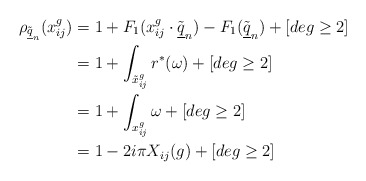
\begin{align*}\rho_{\tilde{\underline{q}}_n}(x_{ij}^g)&=1+F_1(x_{ij}^g\cdot \tilde{\underline{q}}_n)-F_1(\tilde{\underline{q}}_n)+[deg \geq 2]\\&=1+\int_{\tilde{x}_{ij}^g} r^*(\omega) +[deg \geq 2]\\&=1+ \int_{x_{ij}^g}\omega +[deg \geq 2]\\&=1-2i\pi X_{ij}(g) +[deg \geq 2]\end{align*}